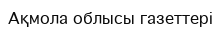
Ақмола облысы газеттері‎